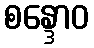
စန္ဒောဝ